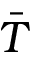
\bar { T }